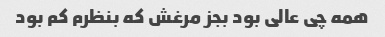
همه چی عالی بود بجز مرغش که بنظرم کم بود